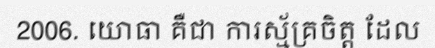
2006. យោធា គឺជា ការស្ម័គ្រចិត្ត ដែល